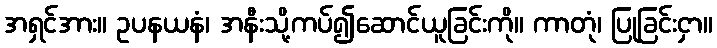
အရှင်အား။ ဥပနယနံ၊ အနီးသို့ကပ်၍ဆောင်ယူခြင်းကို။ ကာတုံ၊ ပြုခြင်းငှာ။